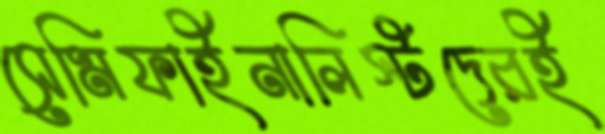
সেমিফাইনালিস্টদেরই